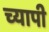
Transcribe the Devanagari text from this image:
च्यापी